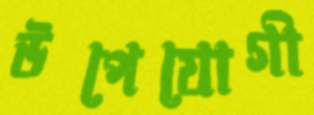
উপেযোগী